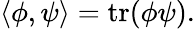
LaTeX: \langle\phi,\psi\rangle=\mathrm{tr}(\phi\psi).